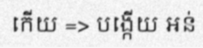
កើយ => បង្កើយ អន់